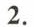
2.